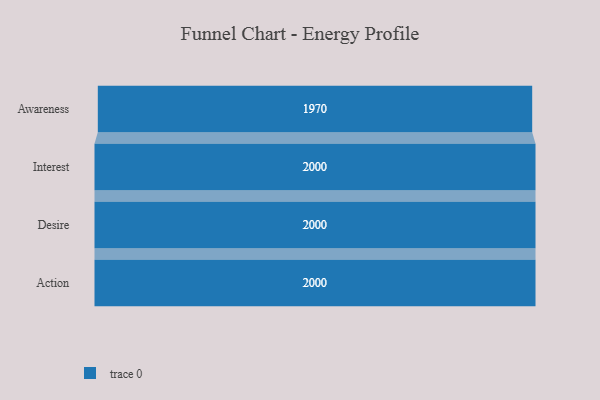
{"axis": {"x": "Stage", "y": "Value"}, "legend": [""], "data": [{"x": "Awareness", "y": 1970.0, "type": ""}, {"x": "Interest", "y": 2000, "type": ""}, {"x": "Desire", "y": 2000, "type": ""}, {"x": "Action", "y": 2000, "type": ""}]}